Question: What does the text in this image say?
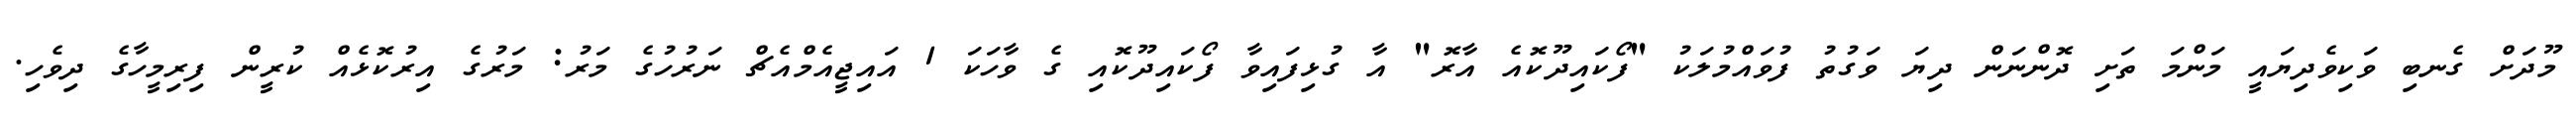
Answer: މޫދަށް ގެނބި ވަކިވެދިޔައީ މަންމަ ތަށި ދޮންނަން ދިޔަ ވަގުތު ފުވައްމުލަކު "ފޯކައިދޫކޮއެ އާރޮ" އާ ގުޅިފައިވާ ފޯކައިދޫކޮއި ގެ ވާހަކަ 1 އައިޖީއެމްއެޗް ނަރުހުގެ މަރު: މަރުގެ އިރުކޮޅެއް ކުރީން ފިރިމީހާގެ ދިވެހި.